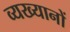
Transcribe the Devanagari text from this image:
व्यख्यानों